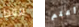
فقط أعلم